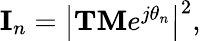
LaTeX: \begin{array}{r}{{\mathbf{I}}_{n}={\left|{\mathbf{TM}}e^{j{\mathbf{\theta}}_{n}}\right|}^{2},}\end{array}